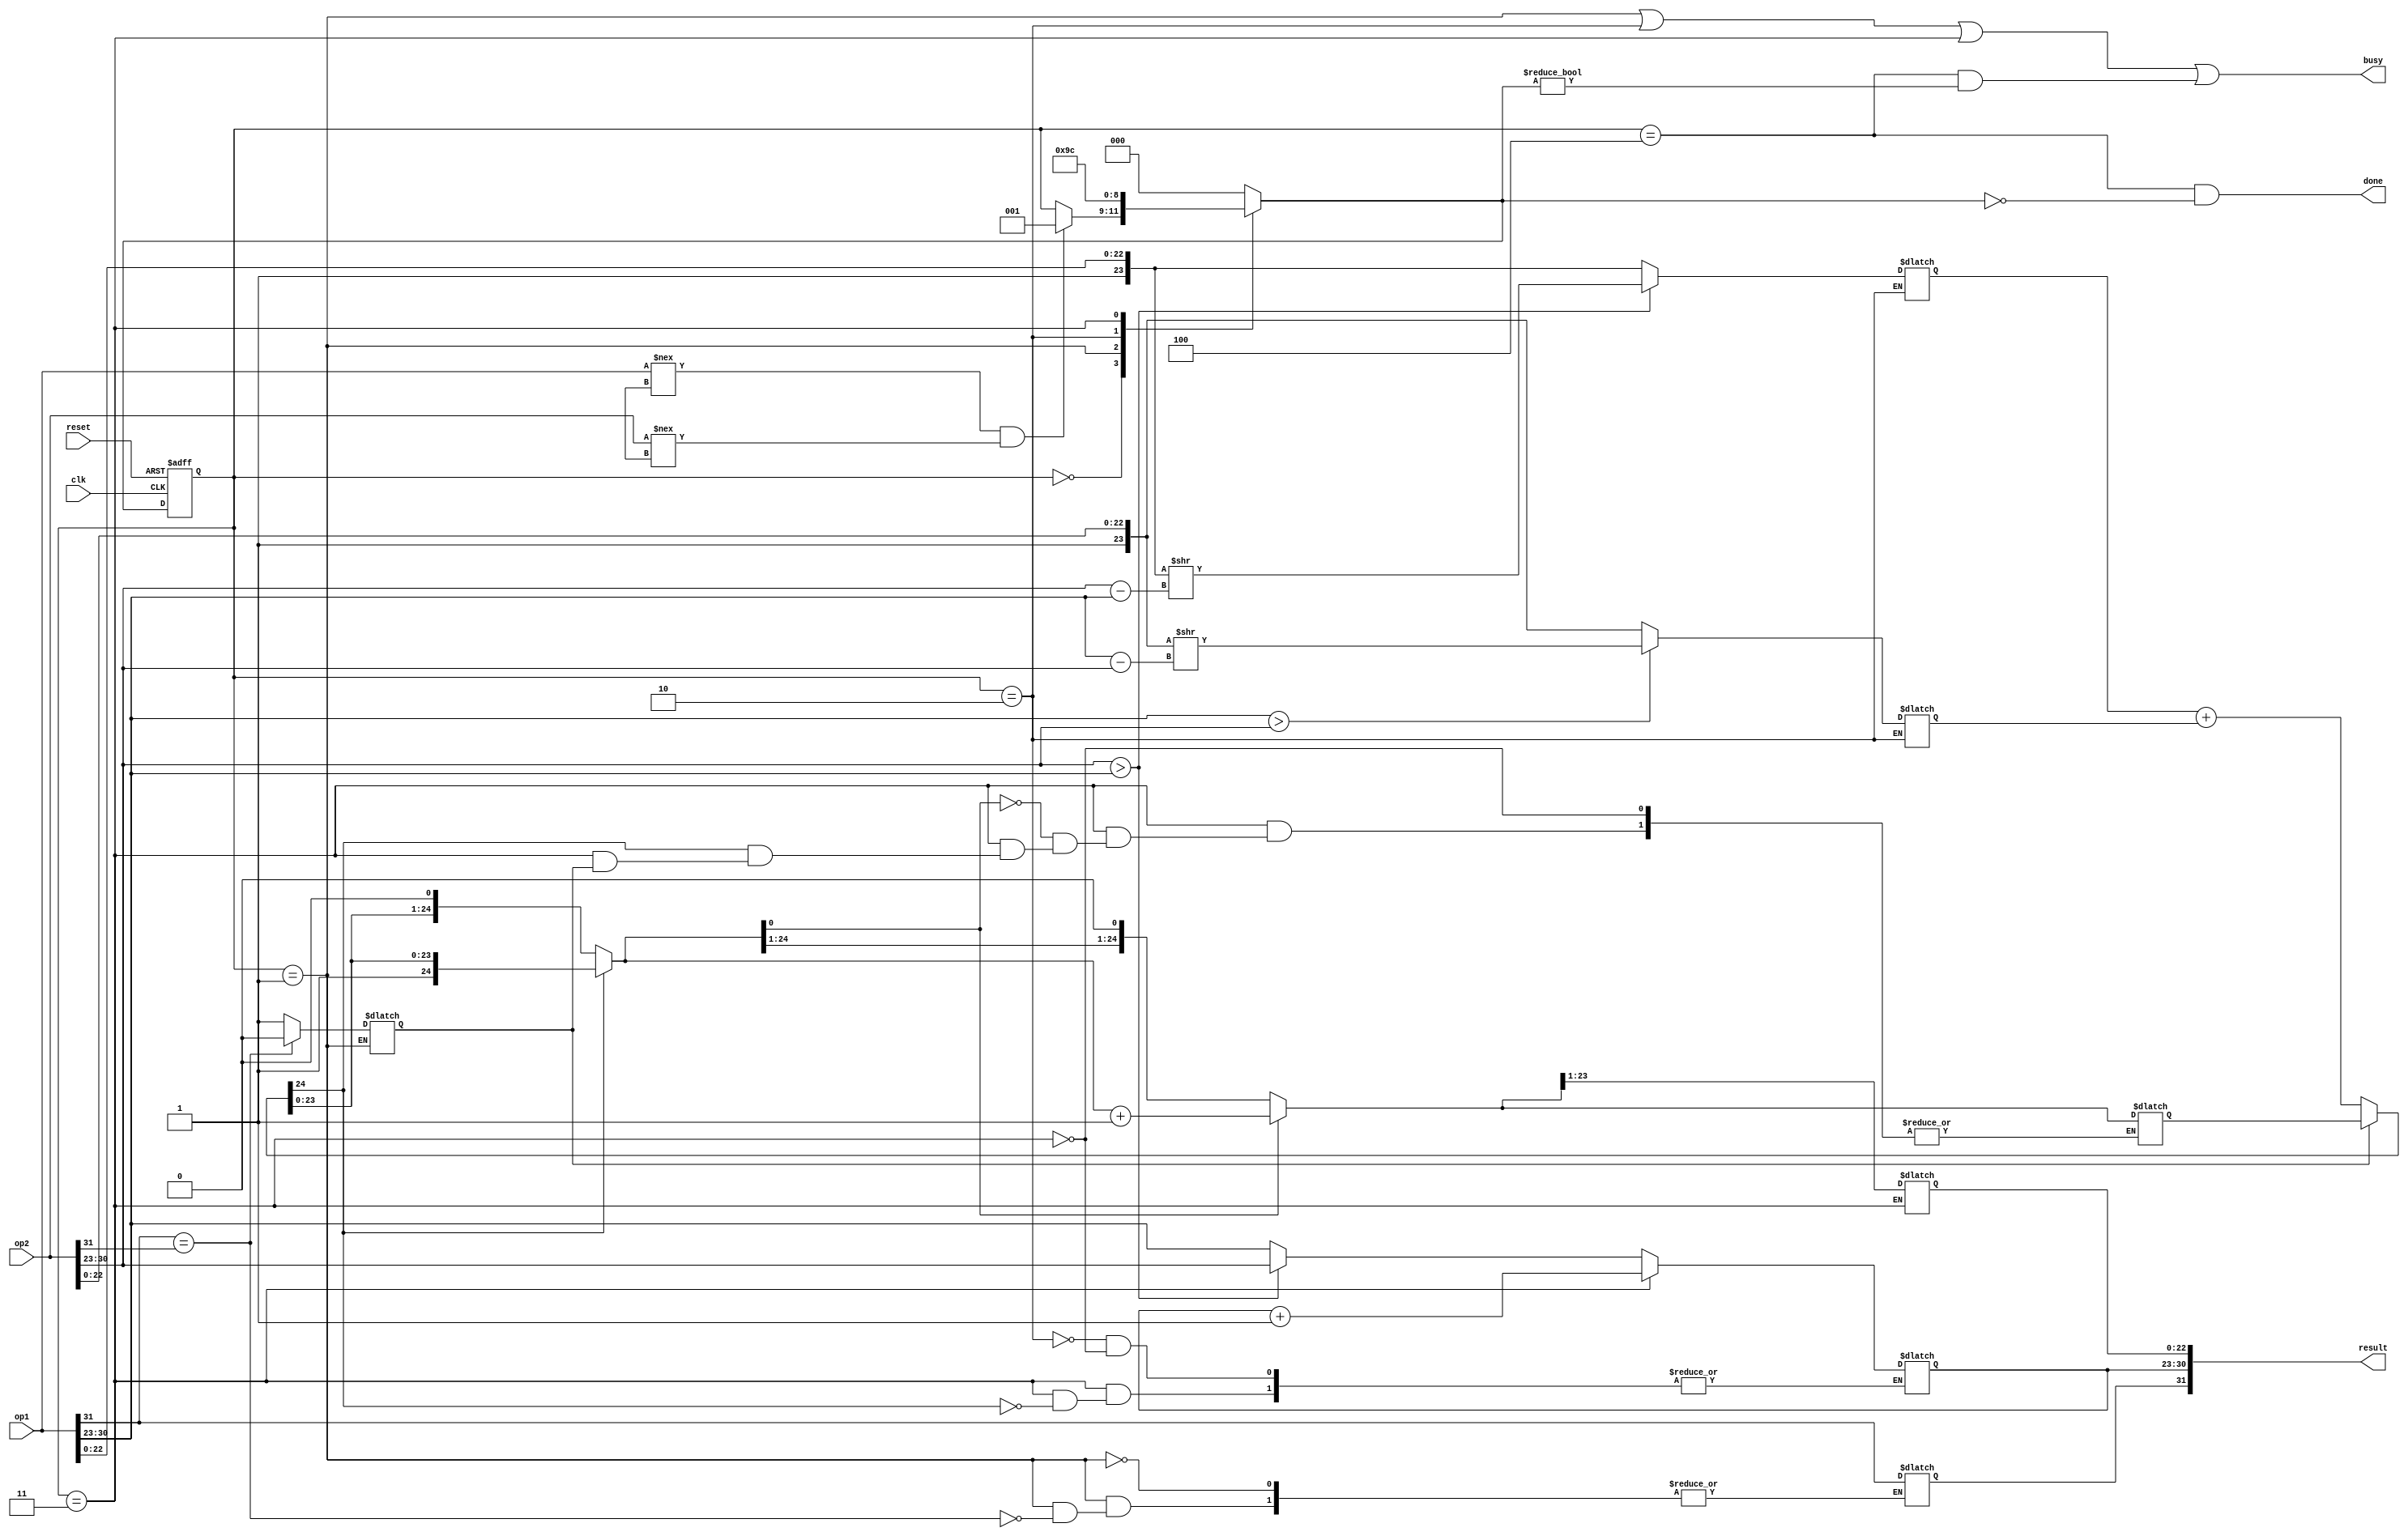
module fpadder (
    input wire [31:0] op1, op2,
    input wire clk, reset,
    output wire [31:0] result,
    output wire busy, done
  );

  // ports
  wire sign_op1, sign_op2;
  wire [7:0] exp_op1, exp_op2;
  wire [22:0] man_op1, man_op2;

  reg sign_res;
  reg [7:0] exp_res, diff;
  reg [22:0] man_res;
  reg [23:0] man_norm_op1, man_norm_op2;
  reg [23:0] man_add_op1, man_add_op2;
  reg [24:0] ov_check;


  // signal declaraction
  assign sign_op1 = op1[31];
  assign sign_op2 = op2[31];
  assign exp_op1 = op1[30:23];
  assign exp_op2 = op2[30:23];
  assign man_op1 = op1[22:0];
  assign man_op2 = op2[22:0];

  localparam [2:0]
             idle = 0,
             compsigns = 1,
             normalize_exp = 2,
             add_man = 3,
             adjust_overflow = 4;

  localparam
    add = 0,
    sub = 1;

  reg [2:0] cur_state, next_state;
  reg operator;

  always @(posedge clk, posedge reset)
    if(reset)
      cur_state <= idle;
    else
      cur_state <= next_state;

  always @(*)
  begin
    next_state = cur_state;
    case (cur_state)
      idle:
        if ((op1 !== 32'bx) && (op2 !== 32'bx))
          next_state = compsigns;

      compsigns:
        if (sign_op1 == sign_op2)
        begin
          operator = 0;
          next_state = normalize_exp;
          sign_res = sign_op1;
        end
        else
        begin
          operator = 1;
          next_state = normalize_exp;
        end

      normalize_exp:
      begin
        man_norm_op1 = {1'b1, man_op1};
        man_norm_op2 = {1'b1, man_op2};
        exp_res = exp_op1;
        if (exp_op1 > exp_op2)
        begin  // op2 is the smaller one
          diff = exp_op1 - exp_op2;
          man_norm_op2 = man_norm_op2 >> (diff);
          exp_res = exp_op1;
        end
        if (exp_op2 > exp_op1)
        begin  // op1 is the smaller one
          diff = exp_op2 - exp_op1;
          man_norm_op1 = man_norm_op1 >> (diff);
          exp_res = exp_op2;
        end
        next_state = add_man;
      end

      add_man:
      begin
        man_add_op1 = man_norm_op1;
        man_add_op2 = man_norm_op2;
        if (~operator)
          ov_check = man_add_op1 + man_add_op2;
        if (ov_check[24])
          exp_res = exp_res + 1;
        else
          ov_check = ov_check << 1;
        if (ov_check[0] == 1)
          ov_check = ov_check + 1'b1;
        man_res = ov_check[23:1];
        next_state = adjust_overflow;
      end

      default:
        next_state = idle;
    endcase
  end

  assign result = {sign_res,exp_res,man_res};
  assign done = (cur_state == adjust_overflow) && (next_state == idle);
  assign busy = (cur_state == compsigns) || (cur_state == normalize_exp) || (cur_state == add_man) || (cur_state == adjust_overflow) && (next_state != idle);

endmodule